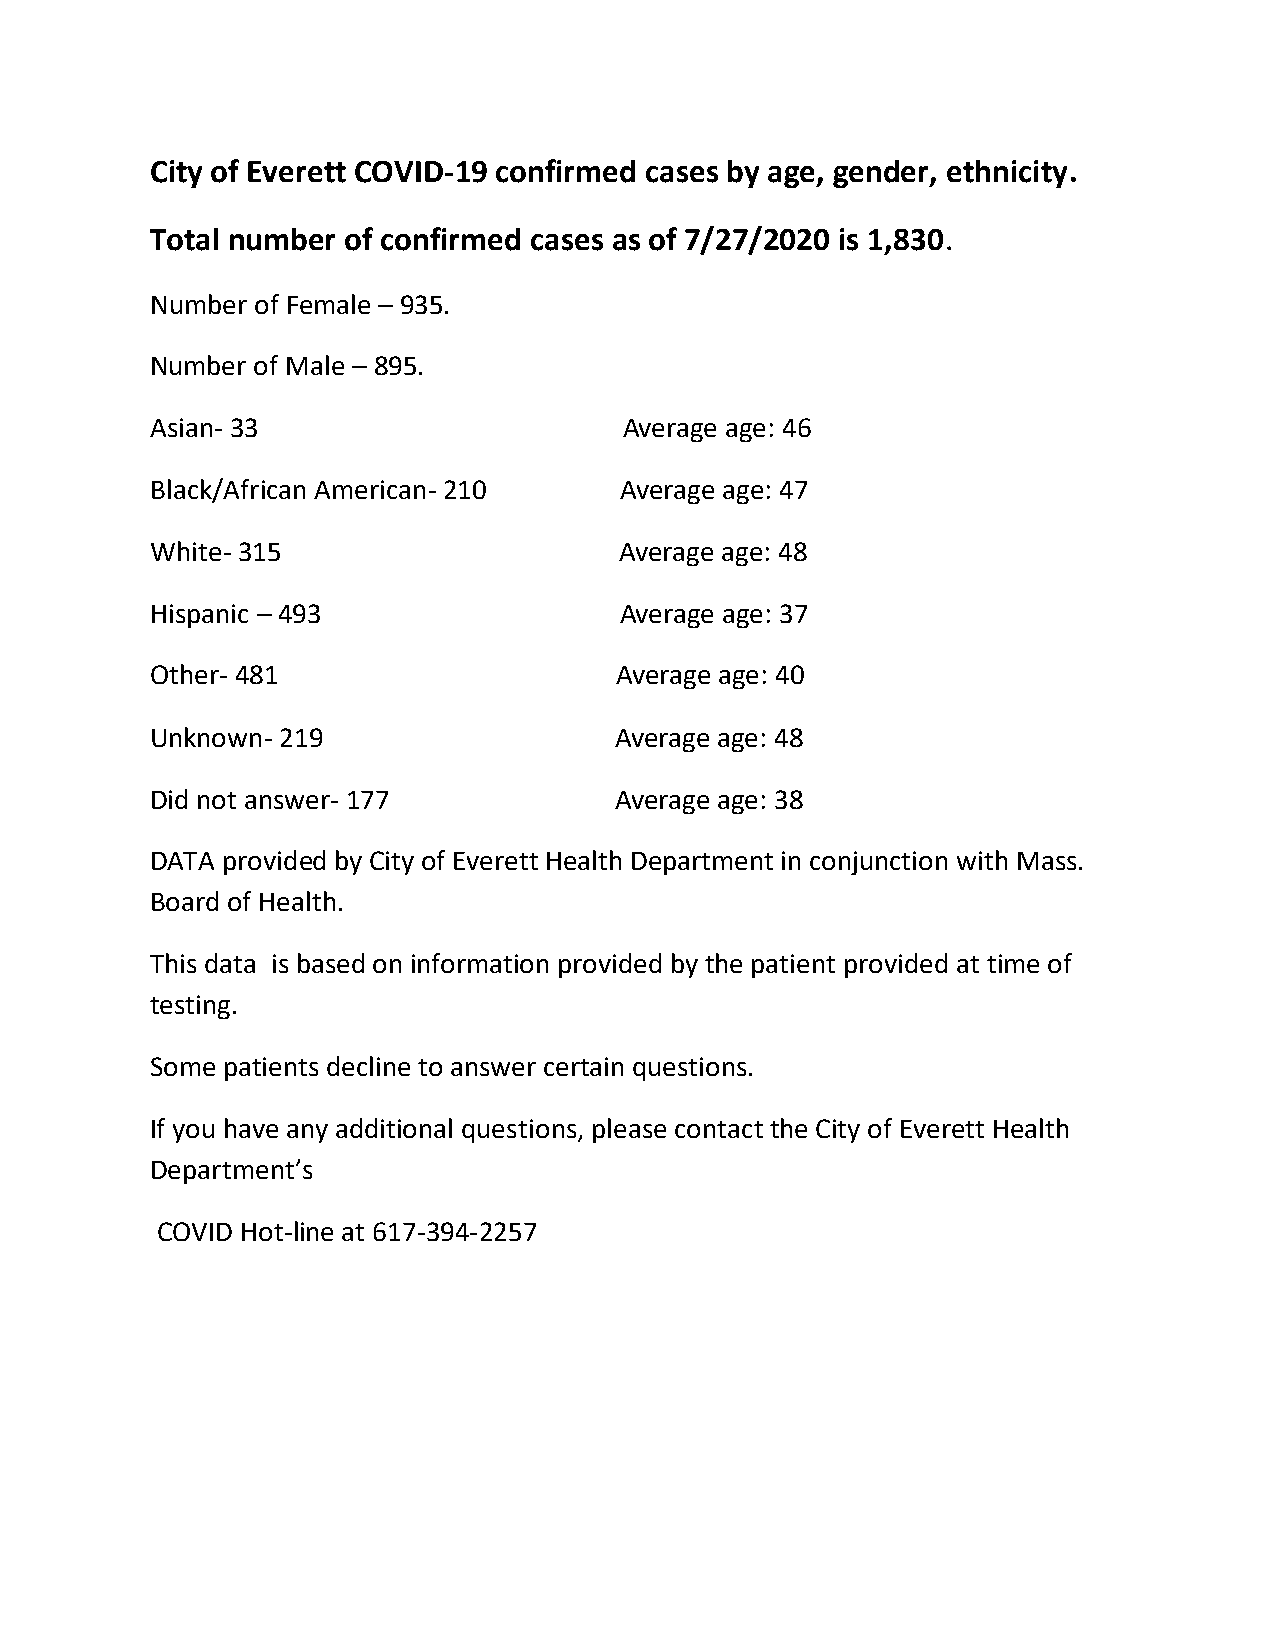
City of Everett COVID-19 confirmed cases by age, gender, ethnicity.
 Total number of confirmed cases as of 7/27/2020 is 1,830.
 Number of Female – 935.
 Number of Male – 895.
 Asian- 33                      Average age: 46
 Black/African American- 210    Average age: 47
 White- 315                     Average age: 48
 Hispanic – 493                 Average age: 37
 Other- 481                     Average age: 40
 Unknown- 219                   Average age: 48
 Did not answer- 177            Average age: 38
 DATA provided by City of Everett Health Department in conjunction with Mass.
 Board of Health.
 This data is based on information provided by the patient provided at time of
 testing.
 Some patients decline to answer certain questions.
 If you have any additional questions, please contact the City of Everett Health
 Department’s
 COVID Hot-line at 617-394-2257